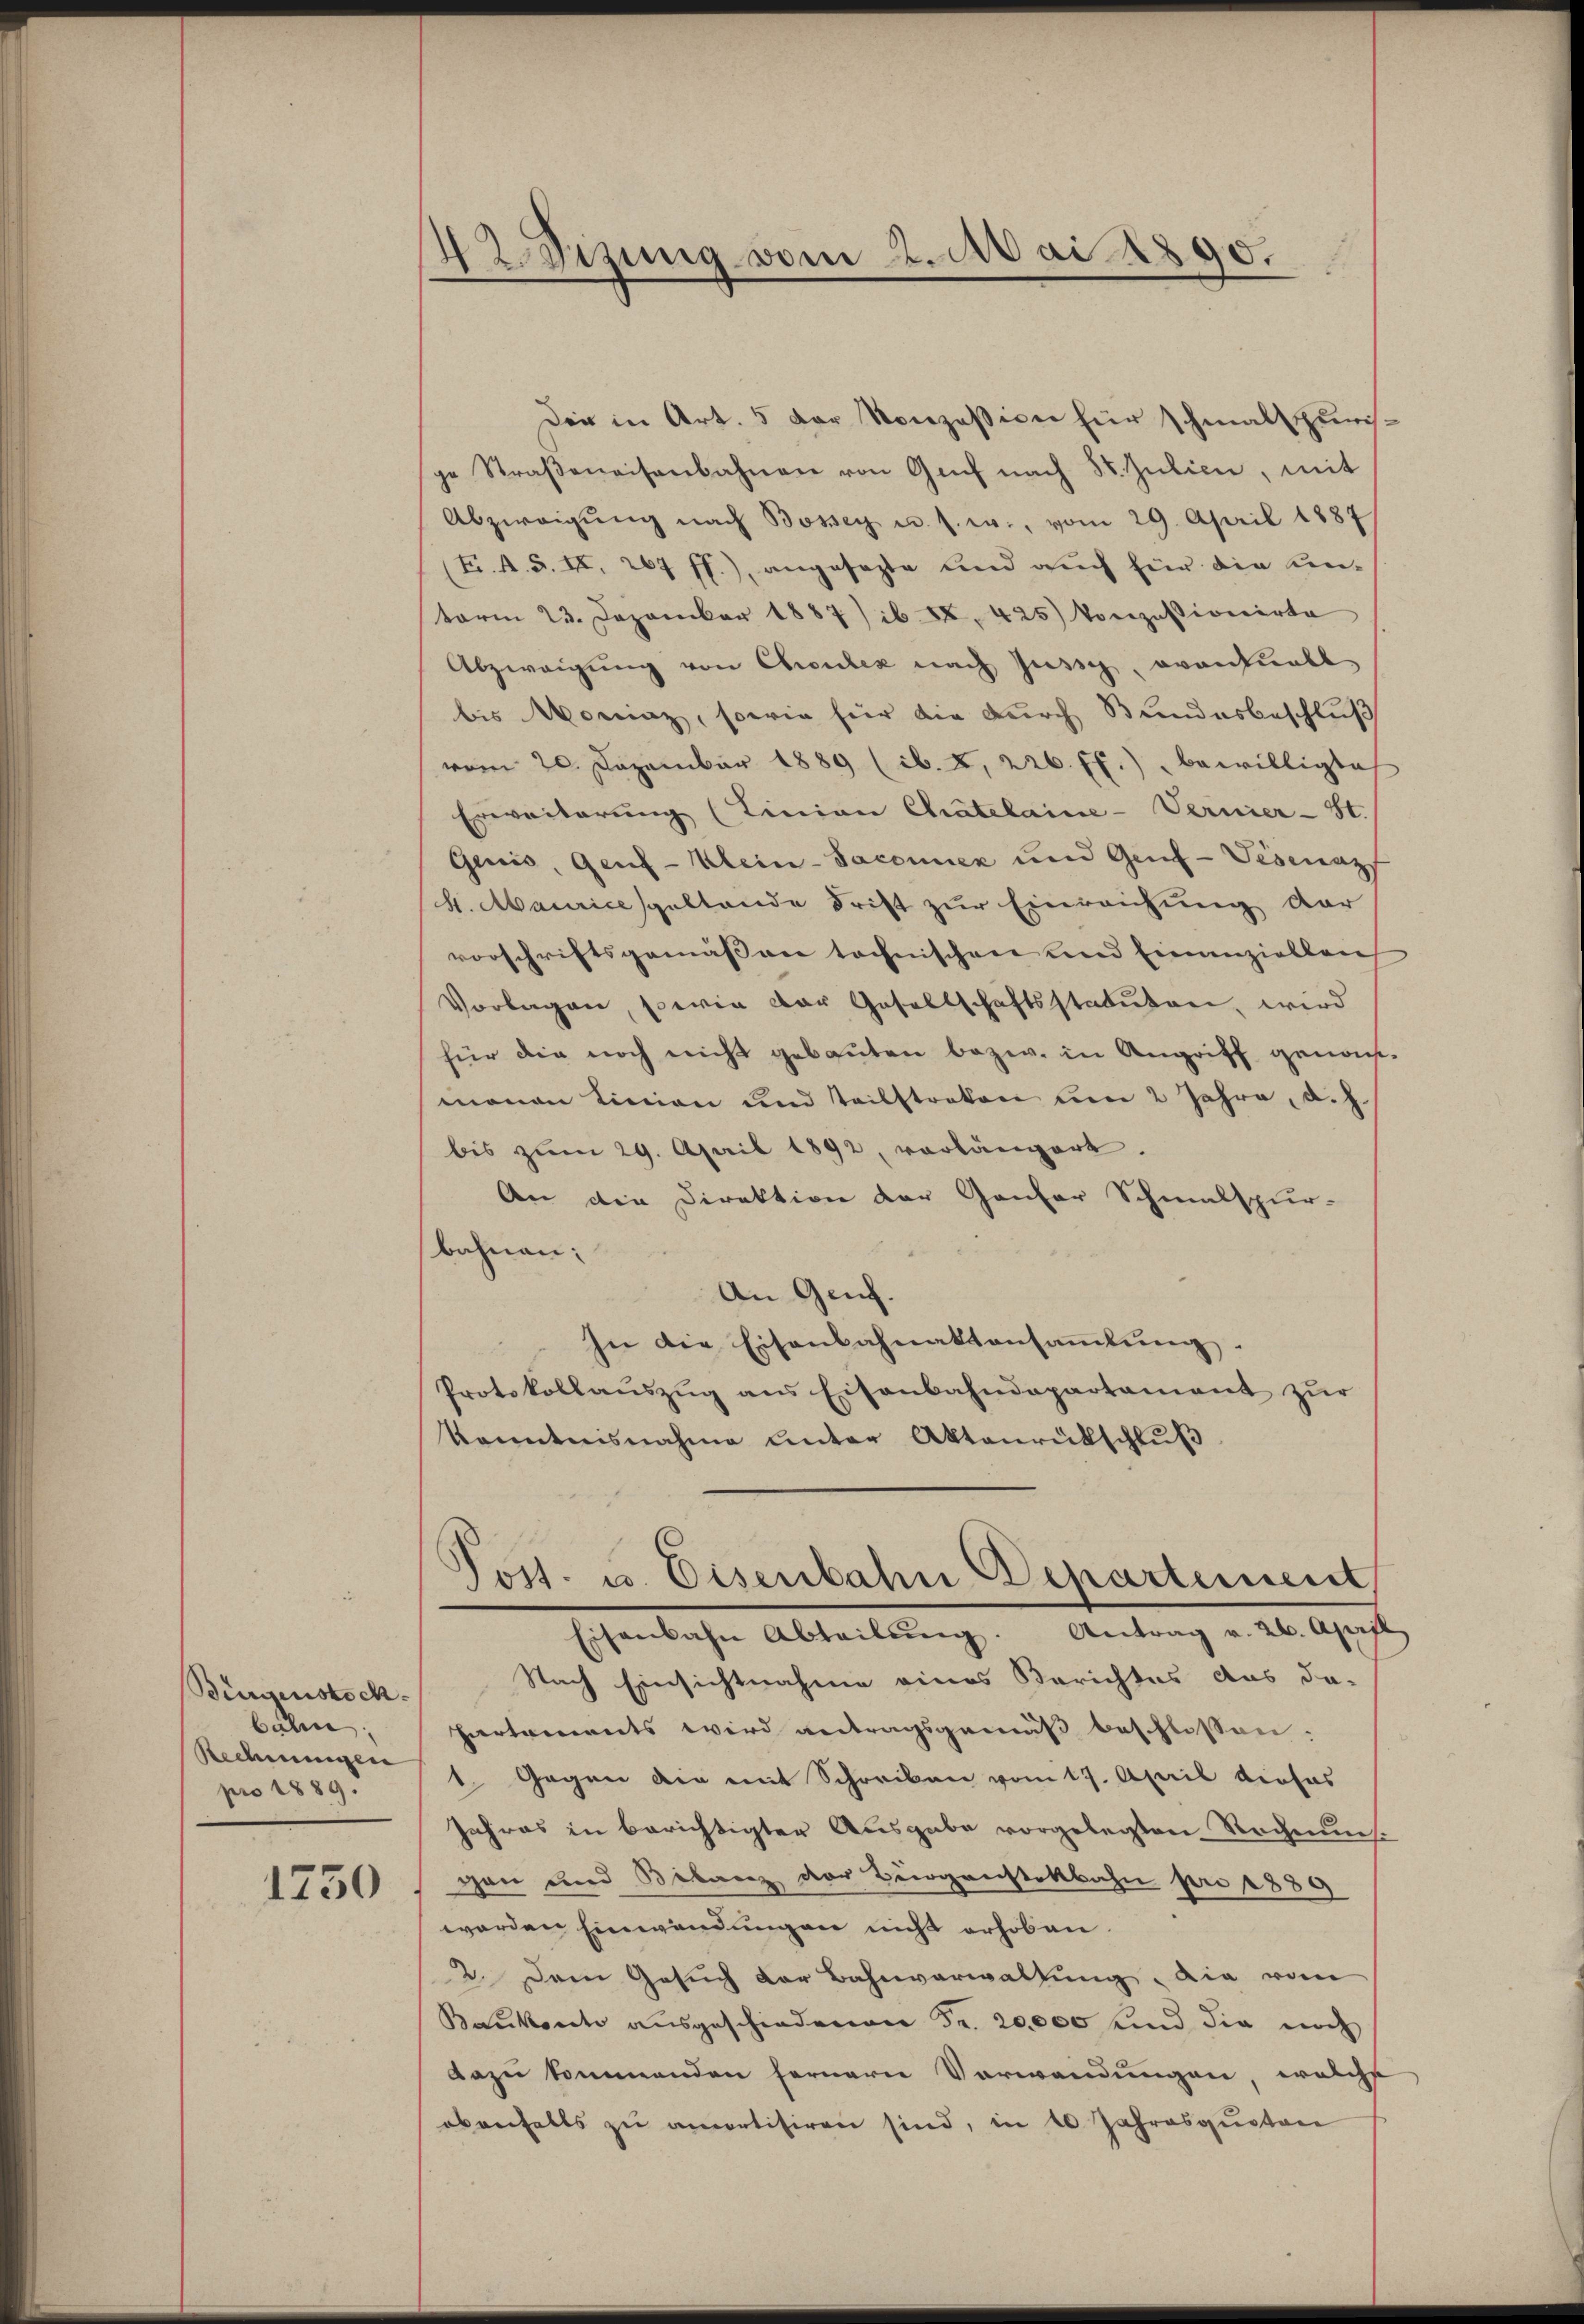
Bürgensteck
bahn.
Rechnungen
pro 1889.
1750

42 Sizung vom 2. Mai 1890.

Der in Art. 5 der Konzession für schmalspurisge Straβeneisenbahnen von Genf nach St. Julien, mit
Abzweigŭng nach Bosser u. s. w., vom 29. April 1887
(F. A. S. II. 267 ff.), angesezte und auch für die unterm 23. Dezember 1887 ib XX. 425) konzessionirte
Abzweigŭng von Chrontez nach Zusich eventuell
bis Moniaz, sowie für die durch Bundesbeschluß
vom 20. Dezember 1889 (ib. 2. 226 ff.) bewilligte
Erweiterung (Linien Chatelaine-Vernier-St.
Genis Genf - Klein-Sacomiez und Genf -Visenazf
S. Maicspeltende Frist zur Einreichung dar
vorschriftsgemässen tochnischen und Einanziellen
Vorlagen, sowie der Gesellschaftsstatuten, wird
für die noch nicht gebauten bezw. in Angriff genommonen Linien und teilstreken um 2 Jahre, d.h.
bis zum 29. April 1892, vorlängert.
An die Direktion der Ganter Schmalspur-
bahnen:
An Genf.
In die Eisenbahnaktansaṁlŭng.
Protokollaŭszŭg ans Eisenbahndapartament zŭr
Kenntnisnahme unter Aktenrückschluß

Post. u. Eisenbahn Departement
Eisenbahn Abteilŭng. Antrag v. 26. April

Nach Einsichtnahme eines Berichtes das da-
hartements wird antragsgemäß beschlossen:
1. Gegen die mit Schreiben vom 17. April dieses
Jahres in berichtigter Ausgabe vorgelegten Rechnung.
gen und Bilanz der Bürgenstattbahn pro 1889
werden Einwendungen nicht erhoben.
2. Dem Gesuch der Bahnverwaltung, die vom
Becksich ausgeschiedenen Fr. 20,000 und die noch
dazu kommenden fernern Verwendungen, welche
ebenfalls zu amortisiren sind, in 10 Jahresquoten